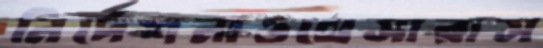
নির্দেশনাওথেসারাস